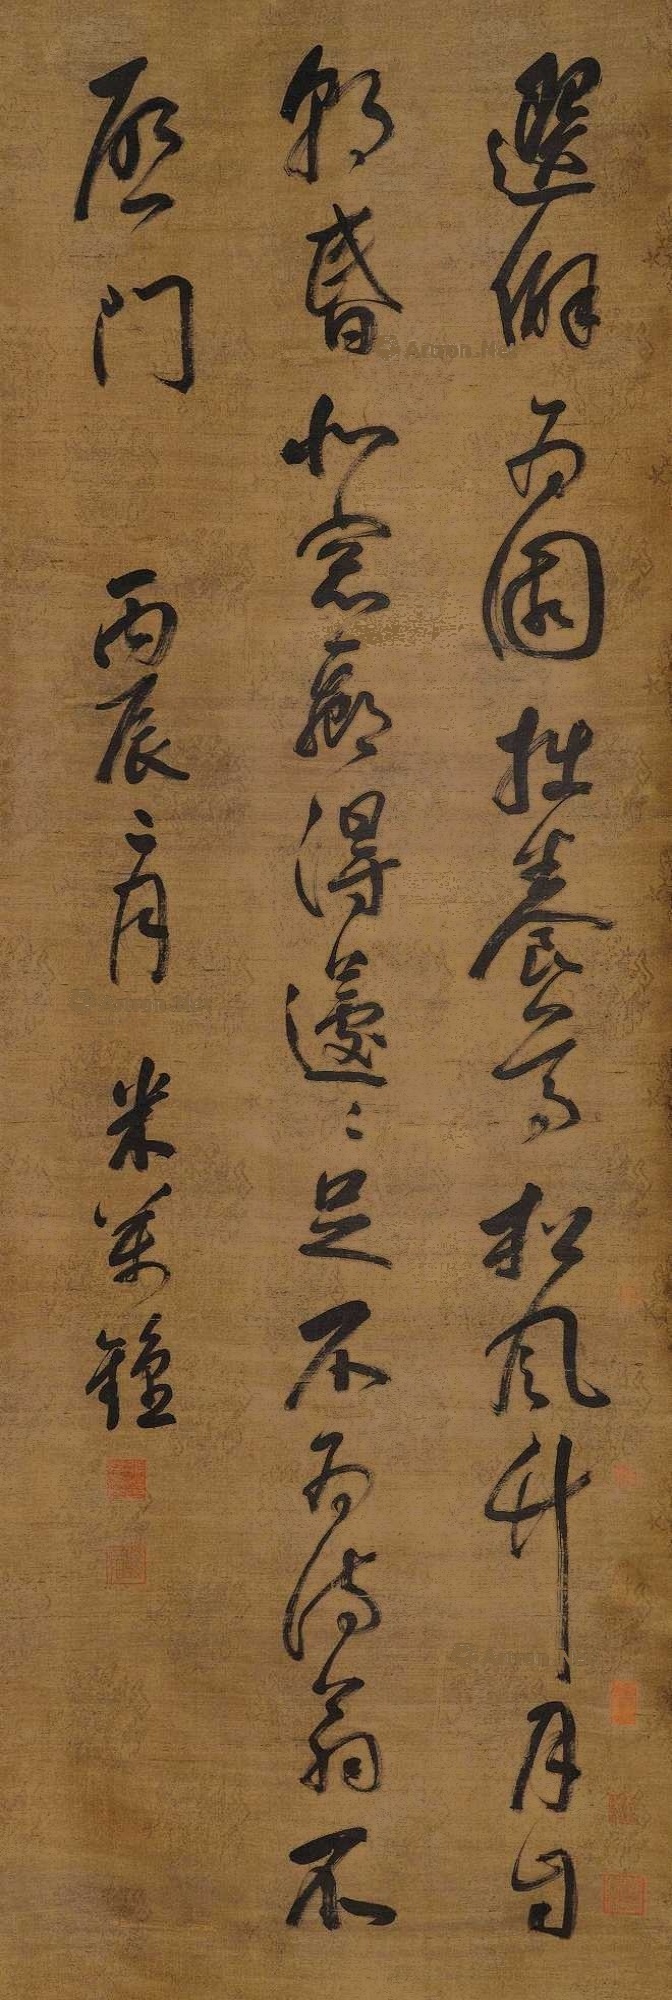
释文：选僻为园拙养尊，松风竹月自朝昏。北窗都得遽遽足，不为诗翁不启门。丙辰二月，米万钟。